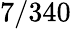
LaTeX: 7/340